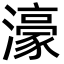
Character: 濠